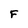
Character: F